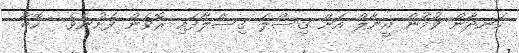
ހަނދާން ވުމުން އީނާލް އަށް ގިސްލަ ގިސްލާފައި ރޮވެން ފެށުނެވެ.  ކޮބާ